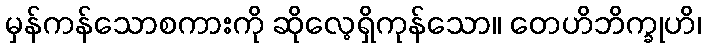
မှန်ကန်သောစကားကို ဆိုလေ့ရှိကုန်သော။ တေဟိဘိက္ခုဟိ၊